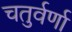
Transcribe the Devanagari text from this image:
चतुर्वर्णा